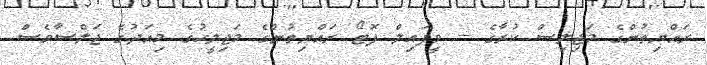
ރައްޔިތުންގެ މަޖިލިސް ކުރާގެ -- ވީފައިލް ފޮޓޯ ރައްޔިތުންގެ މަޖިލީހުގެ މިއަދުގެ ޖަލްސާވެސް